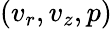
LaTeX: (v_{r},v_{z},p)